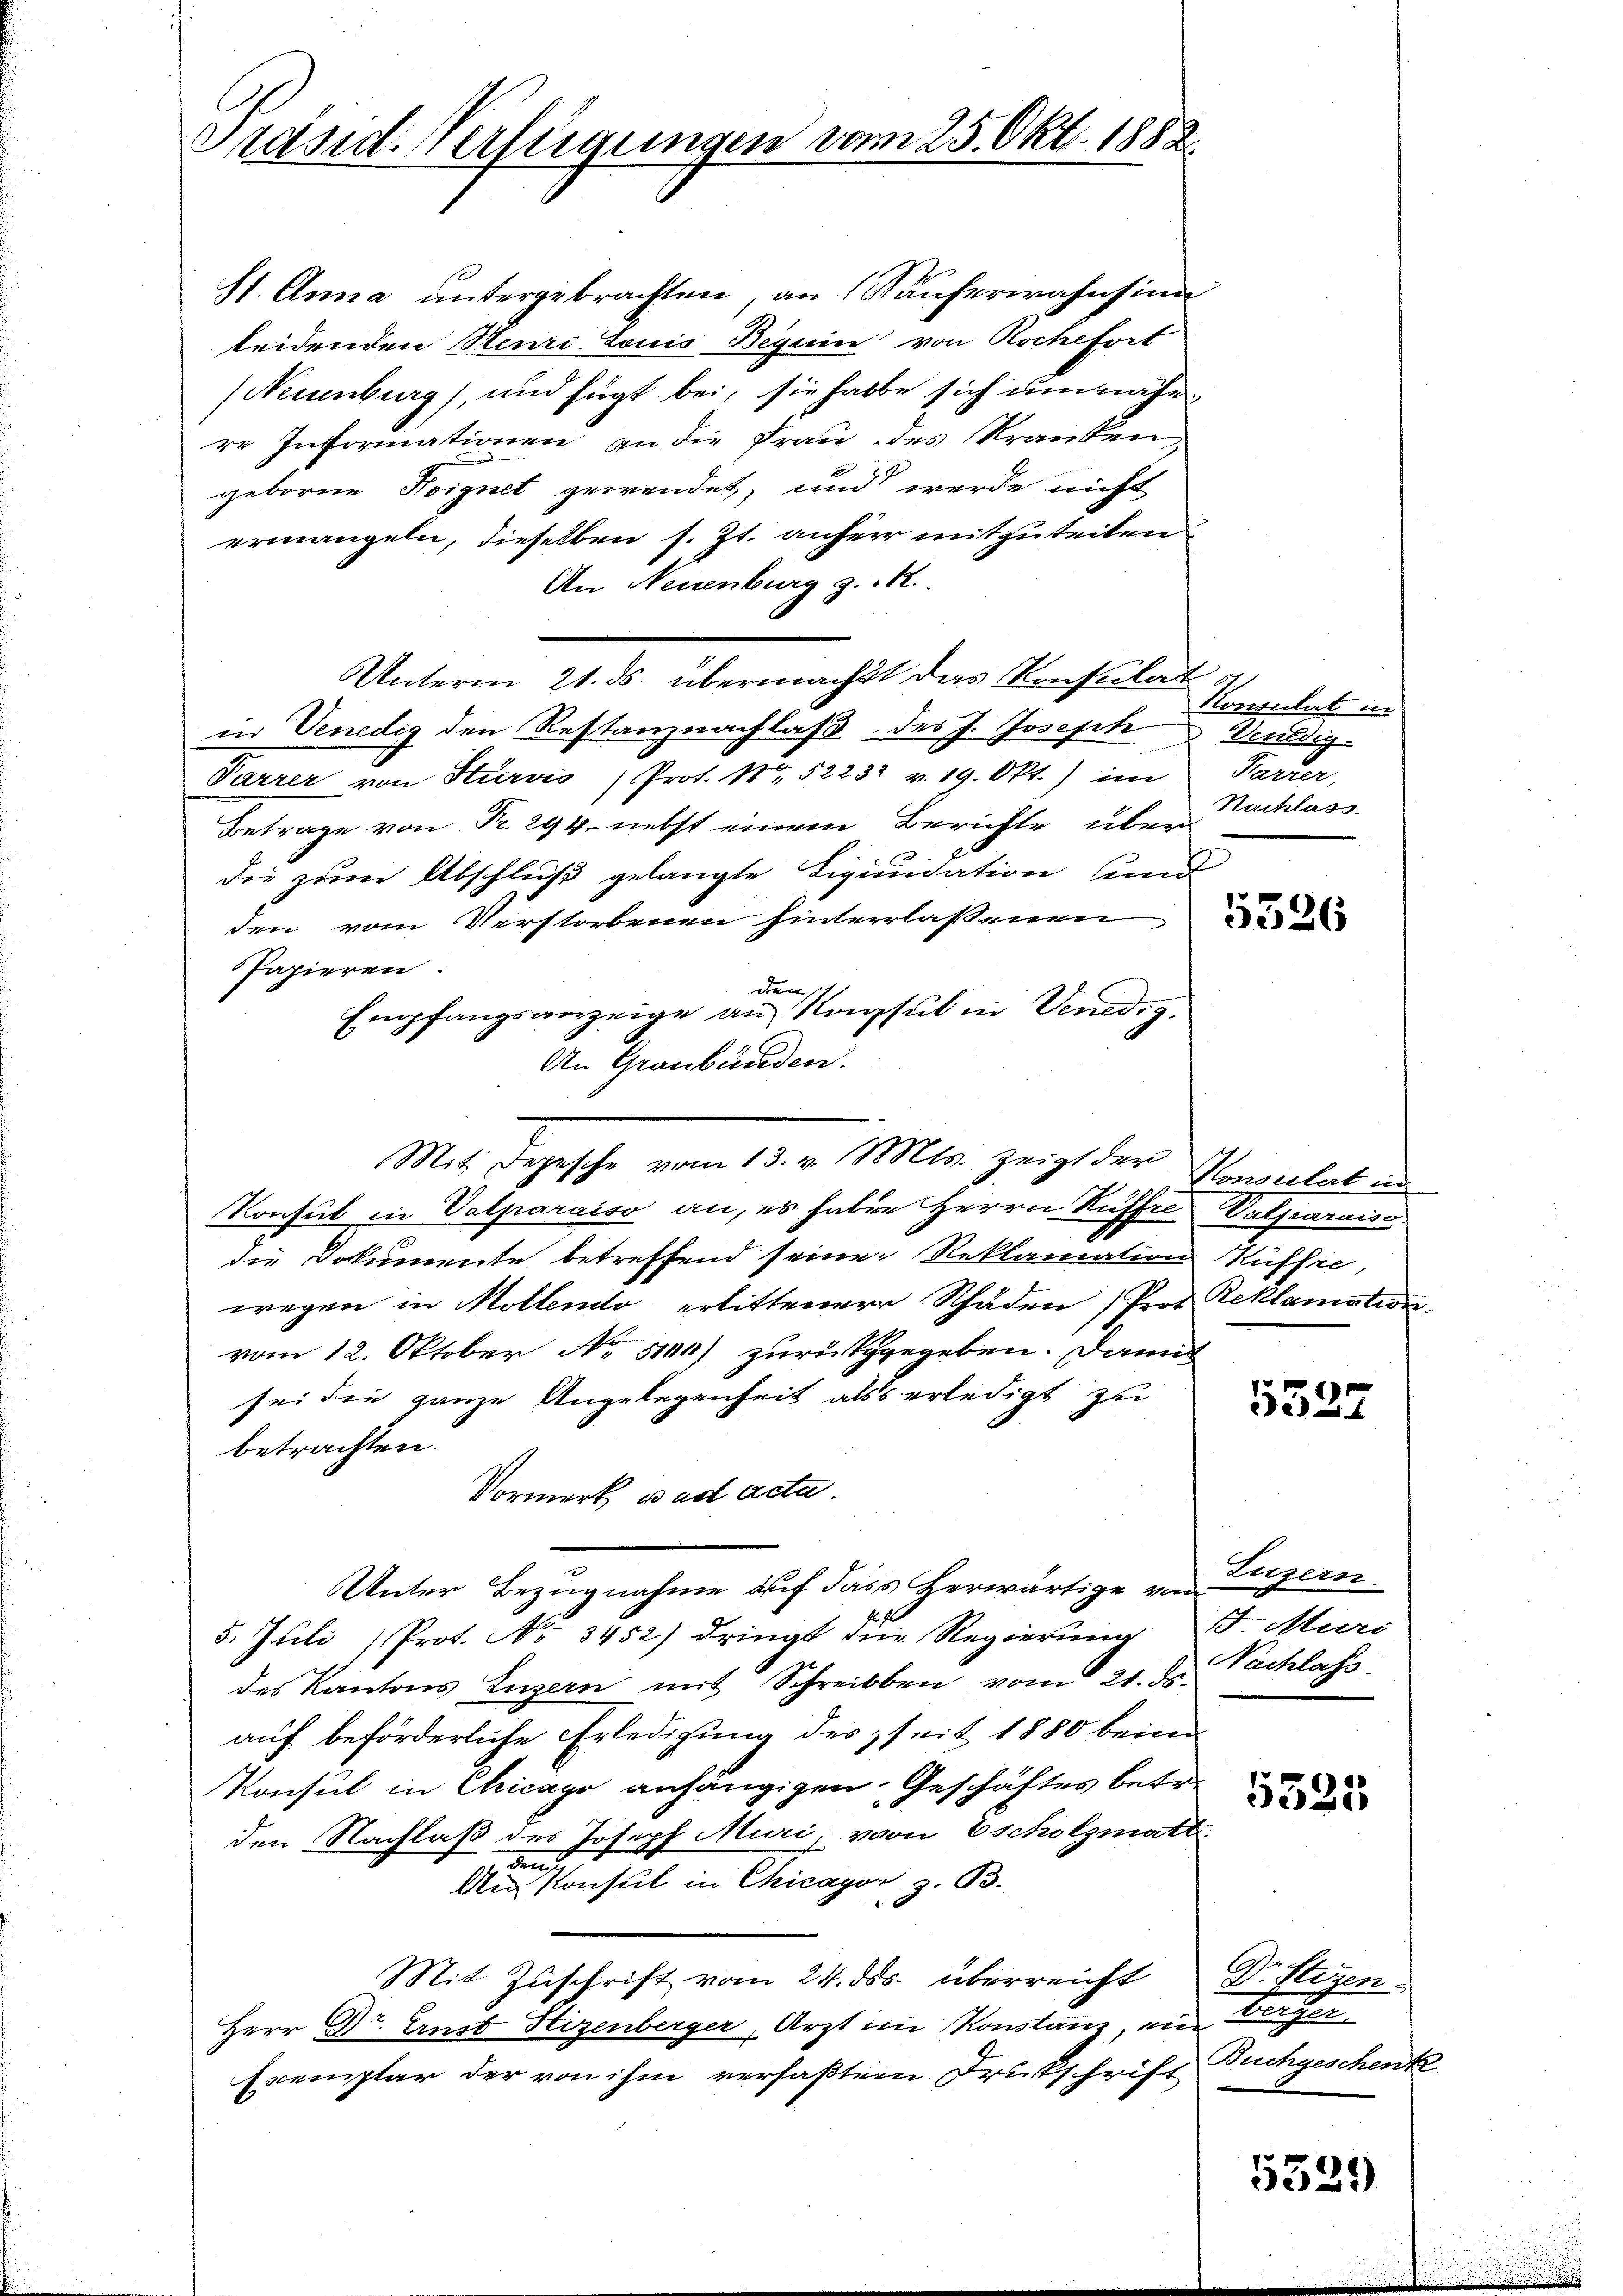
Prand. Verfügungen vom 25. Okt. 1882.

St. Anna untergebrachten, an Käuferwahnsinn
leidenden Meuri Louis Beguin von Roche fort
(Neuenburg), und fügt bei, sie halbe sich um nähe
re Informationen an die Frau des Kranken,
geborne Hoignet gewendet, und werde nicht
ermangeln, dieselben s. Zt. anherr mitzuteilen
An Neuenburg z. R.
Unterm 21. ds. übermacht das Konsulat
in Venedig den Restanznachlaß des J. Joseph Seuldig-
Parrer von Stürmis ) Prot. 1 52238 v. 19. Okt.) im Karrer,
Betrage von Fr. 294 nebst einem Berichte über
die zum Abschluß gelangte Liquidation und
den vom Verstorbenen hinterlassenen
Papieren.
den
Empfangsanzeige an Konsul in Venedig
An Graubünden.
Konsul in Valparaiso an, es haben Herrn Ruffre Valparaiss
die Dokumente betreffend seine Reklamation Küffie,
wegen in Mollendo erlittener Schäden Prof. Reklamation
vom 12. Oktober No 5100) zurükgegeben. Damit
sei die ganze Angelegenheit als erledigt zu
betrachten.
Vormerk u. ad acta.
Unter Bezugnahme auf dass herwärtige von Luzern.
5. Juli Prot. No 3452) dringt die Regierung . Muri
des Kantons Luzern mit Schreiben vom 21. ds.
auf beförderliche Erledigung des seit 1880 beim
Konsul in Chicago anhängigen Geschäftes betr.
den Nachlaß des Joseph Muri, von Escholzmatt.
An
Am Konsul in Chicagor z. B.
Mit Zuschrift vom 24. ds. überreicht Dr. Stegen¬
Herr Dr. Ernst Hizenberger Arzt im Konstanz, ein
Exemplar der von ihm verfaßtem Frutschrift

Mit Depesche vom 13. v. Mts. zeigt der Konsulat im

Konsulat in
Nachlass

5327

Nachlass.

5335

Bauher
Buchgeschenk

5329)